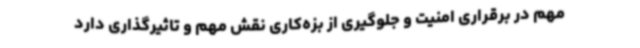
مهم در برقراری امنیت و جلوگیری از بزه‌کاری نقش مهم و تاثیرگذاری دارد